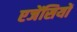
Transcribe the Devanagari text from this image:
एजेंसियों